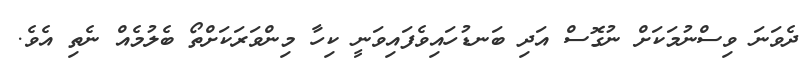
ދެވަނަ ވިސްނުމަކަށް ނުގޮސް އަދި ބަނޑުހައިވެފައިވަނީ ކިހާ މިންވަރަކަށްތޯ ބެލުމެއް ނެތި އެވެ.